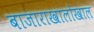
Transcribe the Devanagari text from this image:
बाजाराखालोखाल